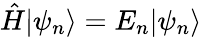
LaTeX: {\hat{H}}|\psi_{n}\rangle=E_{n}|\psi_{n}\rangle